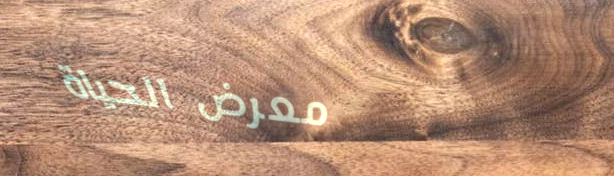
معرض الحياة